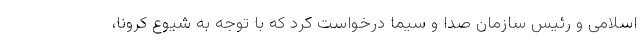
اسلامی و رئیس سازمان صدا و سیما درخواست کرد که با توجه به شیوع کرونا،